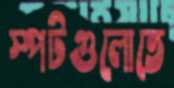
স্পটগুলোতে